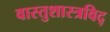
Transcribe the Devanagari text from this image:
वास्तुशास्त्रविद्